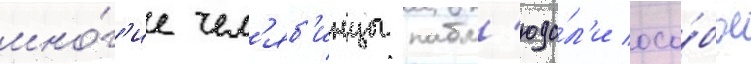
мно́г'ие чел'яб'инцы набл'юда́л'и осо́бое